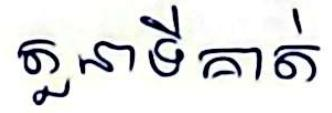
តួនាទីគាត់